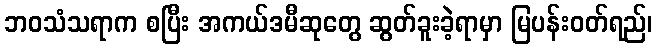
ဘဝသံသရာက စပြီး အကယ်ဒမီဆုတွေ ဆွတ်ခူးခဲ့ရာမှာ မြပန်းဝတ်ရည်၊